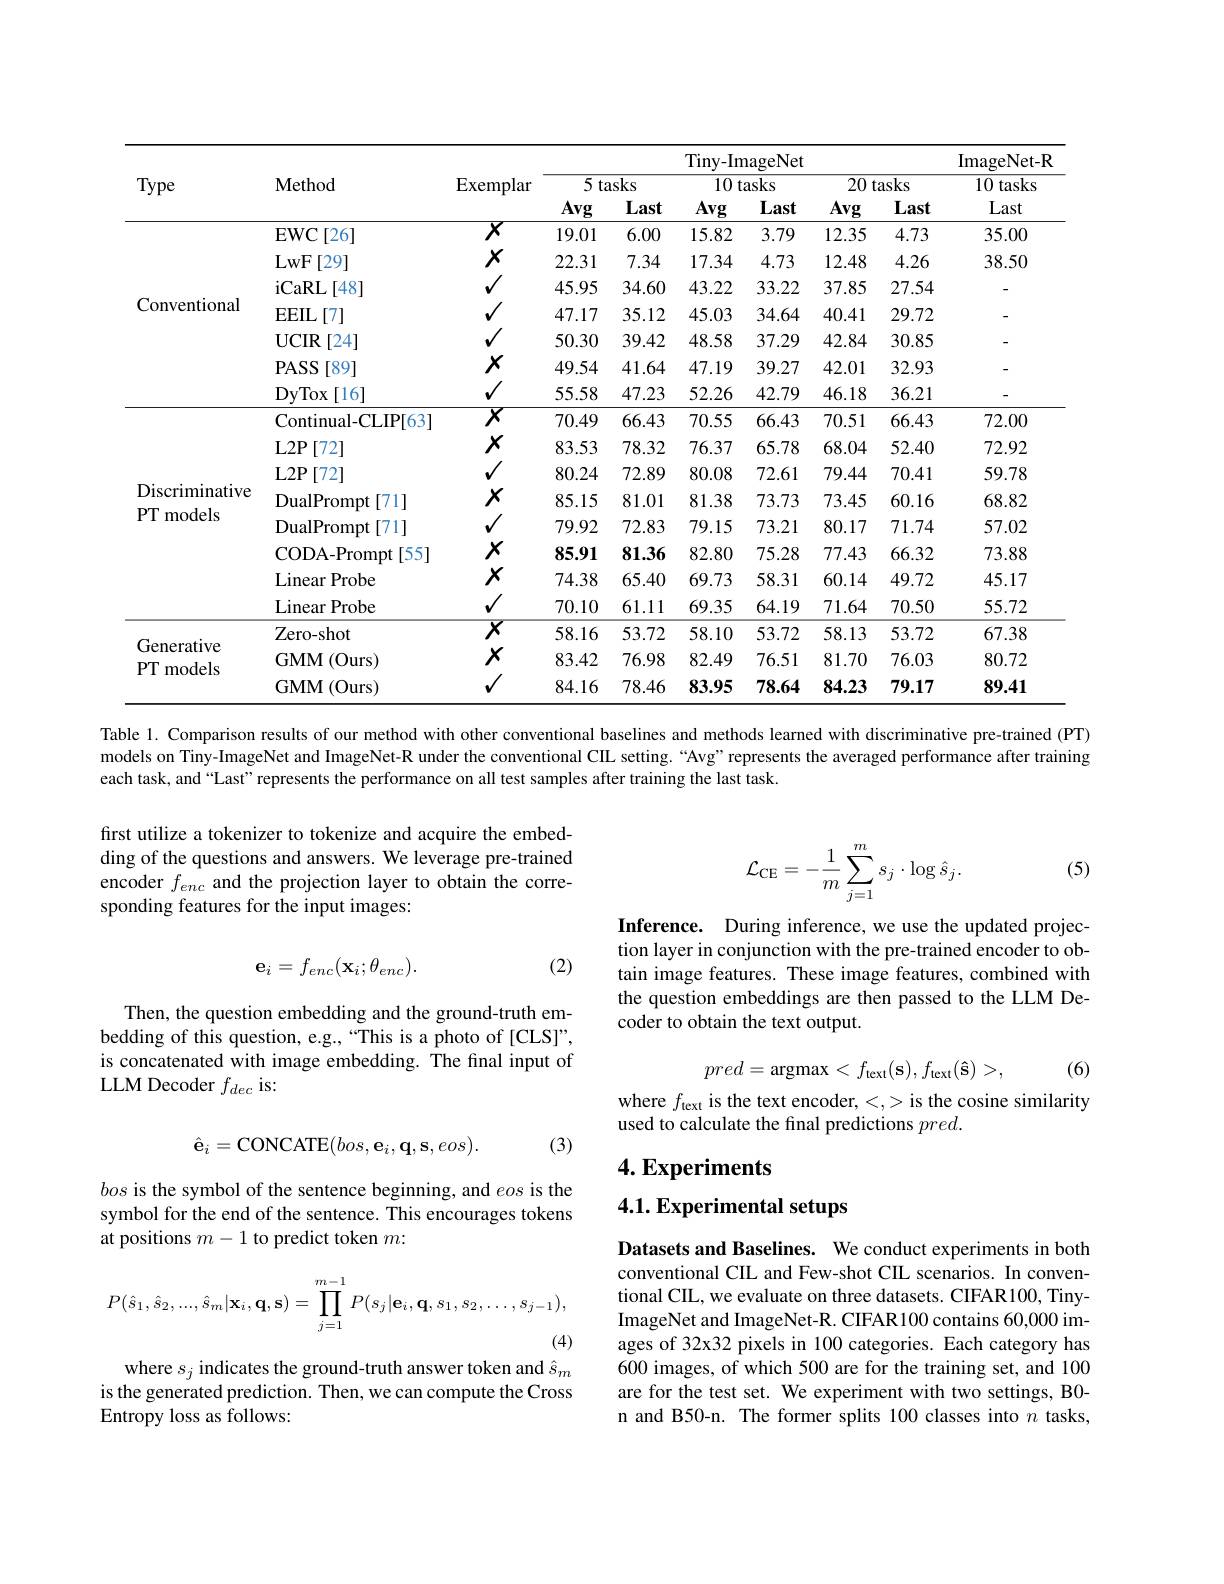
<table>
	<tbody>
		<tr>
			<th rowspan="3">Type</th>
			<th rowspan="3">$\mathbf{Method}$</th>
			<th rowspan="3">$\operatorname{Exemplar}$</th>
			<th colspan="6">Tiny- ImageNet</th>
			<th rowspan="3">${\mathrm{ImageNet-R}}$ 10 tasks Last</th>
		</tr>
		<tr>
			<th colspan="2">$\overline{5\text{ tasks}}$</th>
			<th colspan="2">10 tasks</th>
			<th colspan="2">20 tasks</th>
		</tr>
		<tr>
			<th>$\mathbf{Avg}$</th>
			<th>Last</th>
			<th>Avg</th>
			<th>Last</th>
			<th>Avg</th>
			<th>Last</th>
		</tr>
		<tr>
			<td rowspan="7">Conventional</td>
			<td>$\operatorname{EWC}[26]$</td>
			<td>$\overline{X}$</td>
			<td>19.01</td>
			<td>6.00</td>
			<td>15.82</td>
			<td>3.79</td>
			<td>12.35</td>
			<td>4.73</td>
			<td>35.00</td>
		</tr>
		<tr>
			<td>LwF [29]</td>
			<td>$X$</td>
			<td>22.31</td>
			<td>7.34</td>
			<td>17.34</td>
			<td>4.73</td>
			<td>12.48</td>
			<td>4.26</td>
			<td>38.50</td>
		</tr>
		<tr>
			<td>iCaRL ,[48]</td>
			<td>1</td>
			<td>45.95</td>
			<td>34.60</td>
			<td>43.22</td>
			<td>33.22</td>
			<td>37.85</td>
			<td>27.54</td>
			<td> </td>
		</tr>
		<tr>
			<td>$\operatorname{EEIL}\left[7\right]$</td>
			<td>1</td>
			<td>47.17</td>
			<td>35.12</td>
			<td>45.03</td>
			<td>34.64</td>
			<td>40.41</td>
			<td>29.72</td>
			<td> </td>
		</tr>
		<tr>
			<td>$UCIR$ [24]</td>
			<td>1</td>
			<td>50.30</td>
			<td>39.42</td>
			<td>48.58</td>
			<td>37.29</td>
			<td>42.84</td>
			<td>30.85</td>
			<td> </td>
		</tr>
		<tr>
			<td>$\mathbf{PASS}$ [89]</td>
			<td>$X$</td>
			<td>49.54</td>
			<td>41.64</td>
			<td>47.19</td>
			<td>39.27</td>
			<td>42.01</td>
			<td>32.93</td>
			<td> </td>
		</tr>
		<tr>
			<td>$\mathbf{DyTox}$ :[16]</td>
			<td>1</td>
			<td>55.58</td>
			<td>47.23</td>
			<td>52.26</td>
			<td>42.79</td>
			<td>46.18</td>
			<td>36.21</td>
			<td> </td>
		</tr>
		<tr>
			<td rowspan="3">Discriminative PT models</td>
			<td>Continual- CLIP[ 63] </td>
			<td>$\overline{X}$</td>
			<td>70.49</td>
			<td>66.43</td>
			<td>70.55</td>
			<td>66.43</td>
			<td>70.51</td>
			<td>66.43</td>
			<td>72.00</td>
		</tr>
		<tr>
			<td>$L2P$ [72] </td>
			<td>$X$</td>
			<td>83.53</td>
			<td>78.32</td>
			<td>76.37</td>
			<td>65.78</td>
			<td>68.04</td>
			<td>52.40</td>
			<td>72.92</td>
		</tr>
		<tr>
			<td>$\textbf{L2P}$ $’[72]$</td>
			<td>1</td>
			<td>80.24</td>
			<td>72.89</td>
			<td>80.08</td>
			<td>72.61</td>
			<td>79.44</td>
			<td>70.41</td>
			<td>59.78</td>
		</tr>
		<tr>
			<td rowspan="5">Discriminative PT models</td>
			<td>${\mathrm{DualPrompt}}$ [71] 112</td>
			<td>$X$</td>
			<td>85.15</td>
			<td>81.01</td>
			<td>81.38</td>
			<td>73.73</td>
			<td>73.45</td>
			<td>60.16</td>
			<td>68.82</td>
		</tr>
		<tr>
			<td>${\mathrm{DualPrompt}}$ [71] =11</td>
			<td>1</td>
			<td>79.92</td>
			<td>72.83</td>
			<td>79.15</td>
			<td>73.21</td>
			<td>80.17</td>
			<td>71.74</td>
			<td>57.02</td>
		</tr>
		<tr>
			<td>CODA- Prompt[ 55] </td>
			<td>$X$</td>
			<td>85.91</td>
			<td>81.36</td>
			<td>82.80</td>
			<td>75.28</td>
			<td>77.43</td>
			<td>66.32</td>
			<td>73.88</td>
		</tr>
		<tr>
			<td>Linear Probe</td>
			<td>$X$</td>
			<td>74.38</td>
			<td>65.40</td>
			<td>69.73</td>
			<td>58.31</td>
			<td>60.14</td>
			<td>49.72</td>
			<td>45.17</td>
		</tr>
		<tr>
			<td>Linear Probe</td>
			<td>1</td>
			<td>70.10</td>
			<td>61.11</td>
			<td>69.35</td>
			<td>64.19</td>
			<td>71.64</td>
			<td>70.50</td>
			<td>55.72</td>
		</tr>
		<tr>
			<td> </td>
			<td>Zero- shot</td>
			<td>$\overline{X}$</td>
			<td>58.16</td>
			<td>53.72</td>
			<td>58.10</td>
			<td>53.72</td>
			<td>58.13</td>
			<td>53.72</td>
			<td>67.38</td>
		</tr>
		<tr>
			<td rowspan="2">Generative $PT$ models</td>
			<td>$\mathbf{GMM}$ (Ours)</td>
			<td>$X$</td>
			<td>83.42</td>
			<td>76.98</td>
			<td>82.49</td>
			<td>76.51</td>
			<td>81.70</td>
			<td>76.03</td>
			<td>80.72</td>
		</tr>
		<tr>
			<td>$\mathbf{GMM}$ (Ours)</td>
			<td>1 T</td>
			<td>84.16</td>
			<td>78.46</td>
			<td>83.95</td>
			<td>78.64</td>
			<td>84.23</td>
			<td>79.17</td>
			<td>89.41</td>
		</tr>
	</tbody>
</table>
Table 1. Comparison results of our method with other conventional baselines and methods learned with discriminative pre-trained (PT)

models on Tiny-ImageNet and ImageNet-R under the conventional CIL setting.“Avg”represents the averaged performance after training
each task, and “Last” represents the performance on all test samples after training the last task.

(5)

first utilize a tokenizer to tokenize and acquire the embedding of the questions and answers. We leverage pre-trained encoder $f_{enc}$ and the projection layer to obtain the corresponding features for the input images:
$$\mathcal{L}_{\mathrm{CE}}=-\frac{1}{m}\sum_{j=1}^{m}s_{j}\cdot\log\hat{s}_{j}.$$
(2)
$$\mathbf{e}_{i}=f_{enc}(\mathbf{x}_{i};\theta_{enc}).$$
Inference. During inference, we use the updated projection layer in conjunction with the pre-trained encoder to obtain image features. These image features, combined with the question embeddings are then passed to the LLM Decoder to obtain the text output.

Then, the question embedding and the ground-truth embedding of this question, e.g.,“This is a photo of[CLS]”, is concatenated with image embedding. The final input of LLM Decoder $f_{dec}$ is:
$$pred=\mathrm{argmax}<f_{\mathrm{text}}(\mathbf{s}),f_{\mathrm{text}}(\mathbf{\hat{s}})>,$$
(6)

where $f_\mathrm{text}$ is the text encoder, <,> is the cosine similarity
used to calculate the final predictions $pred.$

(3)
$$\hat{\mathbf{e}}_i=\mathrm{CONCATE}(bos,\mathbf{e}_i,\mathbf{q},\mathbf{s},eos).$$
4. Experiments

## 4.1. Experimental setups

bos is the symbol of the sentence beginning, and eos is the symbol for the end of the sentence. This encourages tokens at positions $m-1$ to predict token $m:$
$$P(\hat{s}_1,\hat{s}_2,...,\hat{s}_m|\mathbf{x}_i,\mathbf{q},\mathbf{s})=\prod_{j=1}^{m-1}P(s_j|\mathbf{e}_i,\mathbf{q},s_1,s_2,...,s_{j-1}),$$
Datasets and Baselines. We conduct experiments in both conventional CIL and Few-shot CIL scenarios. In conventional CIL, we evaluate on three datasets. CIFAR100, TinyImageNet and ImageNet-R. CIFAR100 contains 60,000 images of 32x32 pixels in 100 categories. Each category has 600 images, of which 500 are for the training set, and 100 are for the test set. We experiment with two settings, B0- n and B50-n. The former splits 100 classes into $n$ tasks,

where $s_j$ indicates the ground-truth answer token and $\hat{s}_m$ is the generated prediction. Then, we can compute the Cross Entropy loss as follows: